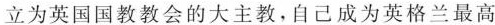
立为英国国教教会的大主教，自己成为英格兰最高